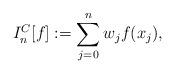
LaTeX: \begin{align*}I_{n}^{C}[f] := \sum_{j=0}^{n} w_j f(x_j),\end{align*}